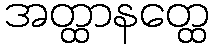
အတ္ထာနတ္ထေ